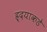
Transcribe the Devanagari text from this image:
ह्र्दयाकडे